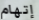
إتهام